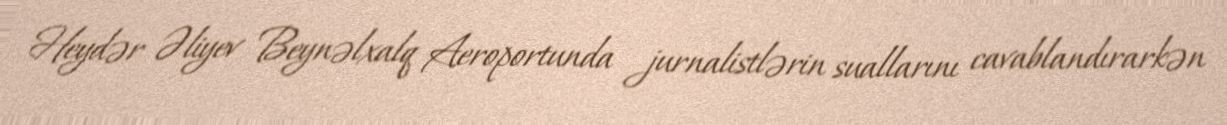
Heydər Əliyev Beynəlxalq Aeroportunda jurnalistlərin suallarını cavablandırarkən